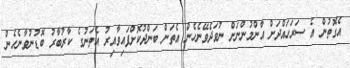
އެގޮތުން އެ ސަރަހައްދަށް އާންމުންނަށް ނުވަދެވޭނެހެން އެތަން ބަންދުކޮށްފައިވާއިރު އެތަނުގެ ކާރުބާރު ބޮޑުނުވާނެހެން